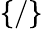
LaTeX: \{ /\}